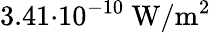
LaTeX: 3.41{\cdot}10^{-10}\ \mathrm{W}/\mathrm{m}^{2}